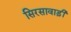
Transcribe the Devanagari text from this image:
सिरसावाड़ी